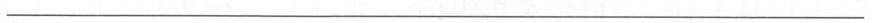
____________